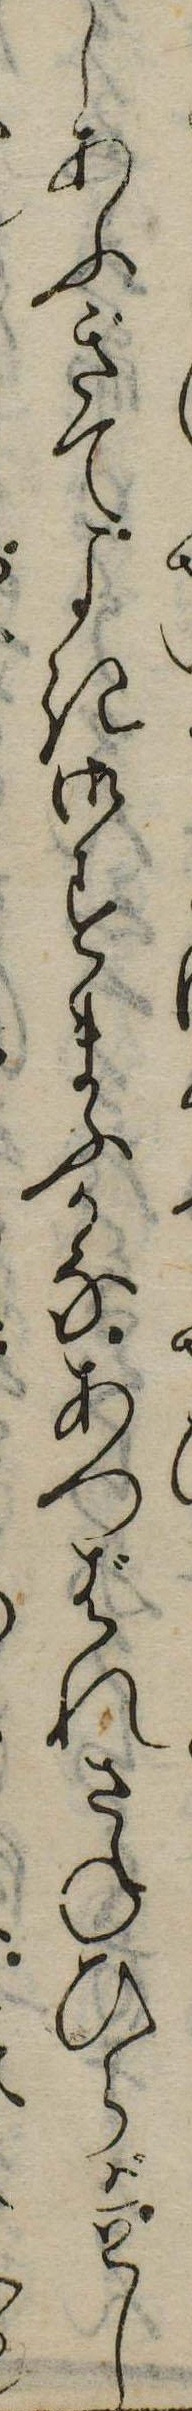
しあふぎてよき御すまふかなあつばれさねひらがとし